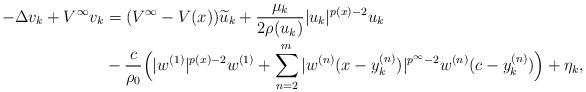
LaTeX: \begin{align*}- \Delta v_k + V^\infty v_k &= (V^\infty - V(x))\widetilde{u}_k + \frac{\mu_k}{2 \rho(u_k)}|u_k|^{p(x) - 2}u_k \\&-\frac{c}{\rho_0} \Big(|w^{(1)}|^{p(x) - 2} w^{(1)} + \sum_{n=2}^m|w^{(n)}(x - y^{(n)}_k)|^{p^\infty - 2}w^{(n)}(c - y^{(n)}_k)\Big) + \eta_k,\end{align*}